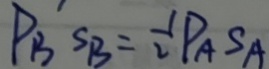
P _ { B } S _ { B } = \frac { 1 } { 2 } P _ { A } S _ { A }